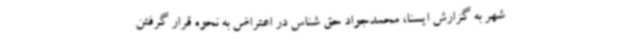
شهر به گزارش ایسنا، محمدجواد حق شناس در اعتراض به نحوه قرار گرفتن